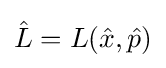
{\hat {L}}=L({\hat {x}},{\hat {p}})